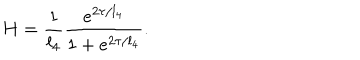
H = \frac { 1 } { l _ { 4 } } \frac { e ^ { 2 \tau / l _ { 4 } } } { 1 + e ^ { 2 \tau / l _ { 4 } } } .